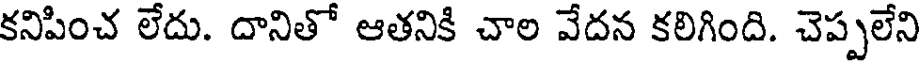
కనిపించ లేదు. దానితో ఆతనికి చాల వేదన కలిగింది. చెప్పలేని